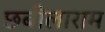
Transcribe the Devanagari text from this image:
छबीलाराम